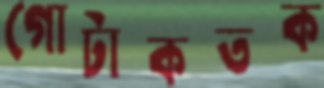
গোটাকতক